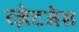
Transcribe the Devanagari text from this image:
त्ज़ेटजेस